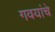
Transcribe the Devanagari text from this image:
गवयांचे